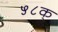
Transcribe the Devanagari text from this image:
५८क्